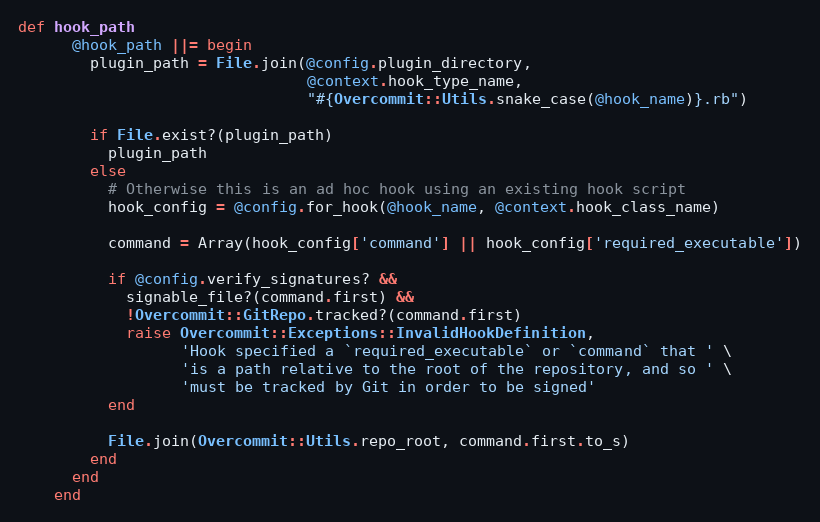
Language: Ruby
def hook_path
      @hook_path ||= begin
        plugin_path = File.join(@config.plugin_directory,
                                @context.hook_type_name,
                                "#{Overcommit::Utils.snake_case(@hook_name)}.rb")

        if File.exist?(plugin_path)
          plugin_path
        else
          # Otherwise this is an ad hoc hook using an existing hook script
          hook_config = @config.for_hook(@hook_name, @context.hook_class_name)

          command = Array(hook_config['command'] || hook_config['required_executable'])

          if @config.verify_signatures? &&
            signable_file?(command.first) &&
            !Overcommit::GitRepo.tracked?(command.first)
            raise Overcommit::Exceptions::InvalidHookDefinition,
                  'Hook specified a `required_executable` or `command` that ' \
                  'is a path relative to the root of the repository, and so ' \
                  'must be tracked by Git in order to be signed'
          end

          File.join(Overcommit::Utils.repo_root, command.first.to_s)
        end
      end
    end